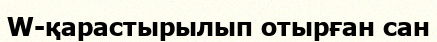
W-қарастырылып отырған сан